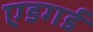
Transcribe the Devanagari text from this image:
एडगर्ड